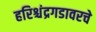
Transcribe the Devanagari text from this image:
हरिश्चंद्रगडावरचे